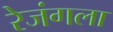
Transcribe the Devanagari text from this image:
रेजंगला